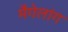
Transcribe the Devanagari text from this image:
मैगेलांग